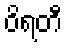
ဝိရတီ